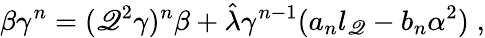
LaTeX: \beta\gamma^{n}=(\mathscr{Q}^{2}\gamma)^{n}\beta+\hat{{\lambda}}\gamma^{n-1}(a_{n}l_{\mathscr{Q}}-b_{n}\alpha^{2})\; ,